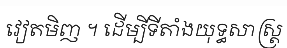
វៀតមិញ ។ ដើម្បីទីតាំងយុទ្ធសាស្ត្រ